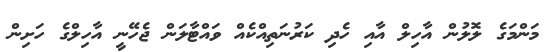
މަންމަގެ ލޮލުން އާހިލް އާއި ހެދި ކަރުނަތިއްކެއް ވައްޓާލަން ޖެހޭނީ އާހިލްގެ ހަށިން